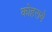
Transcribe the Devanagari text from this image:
कोहराये